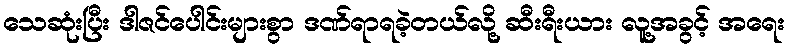
သေဆုံးပြီး ဒါဇင်ပေါင်းများစွာ ဒဏ်ရာရခဲ့တယ်လို့ ဆီးရီးယား လူ့အခွင့် အရေး